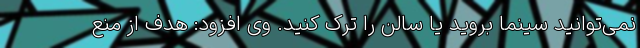
نمی‌توانید سینما بروید یا سالن را ترک کنید. وی افزود: هدف از منع